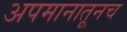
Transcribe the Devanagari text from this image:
अपमानातूनच